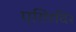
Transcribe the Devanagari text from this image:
एग़िरदिर